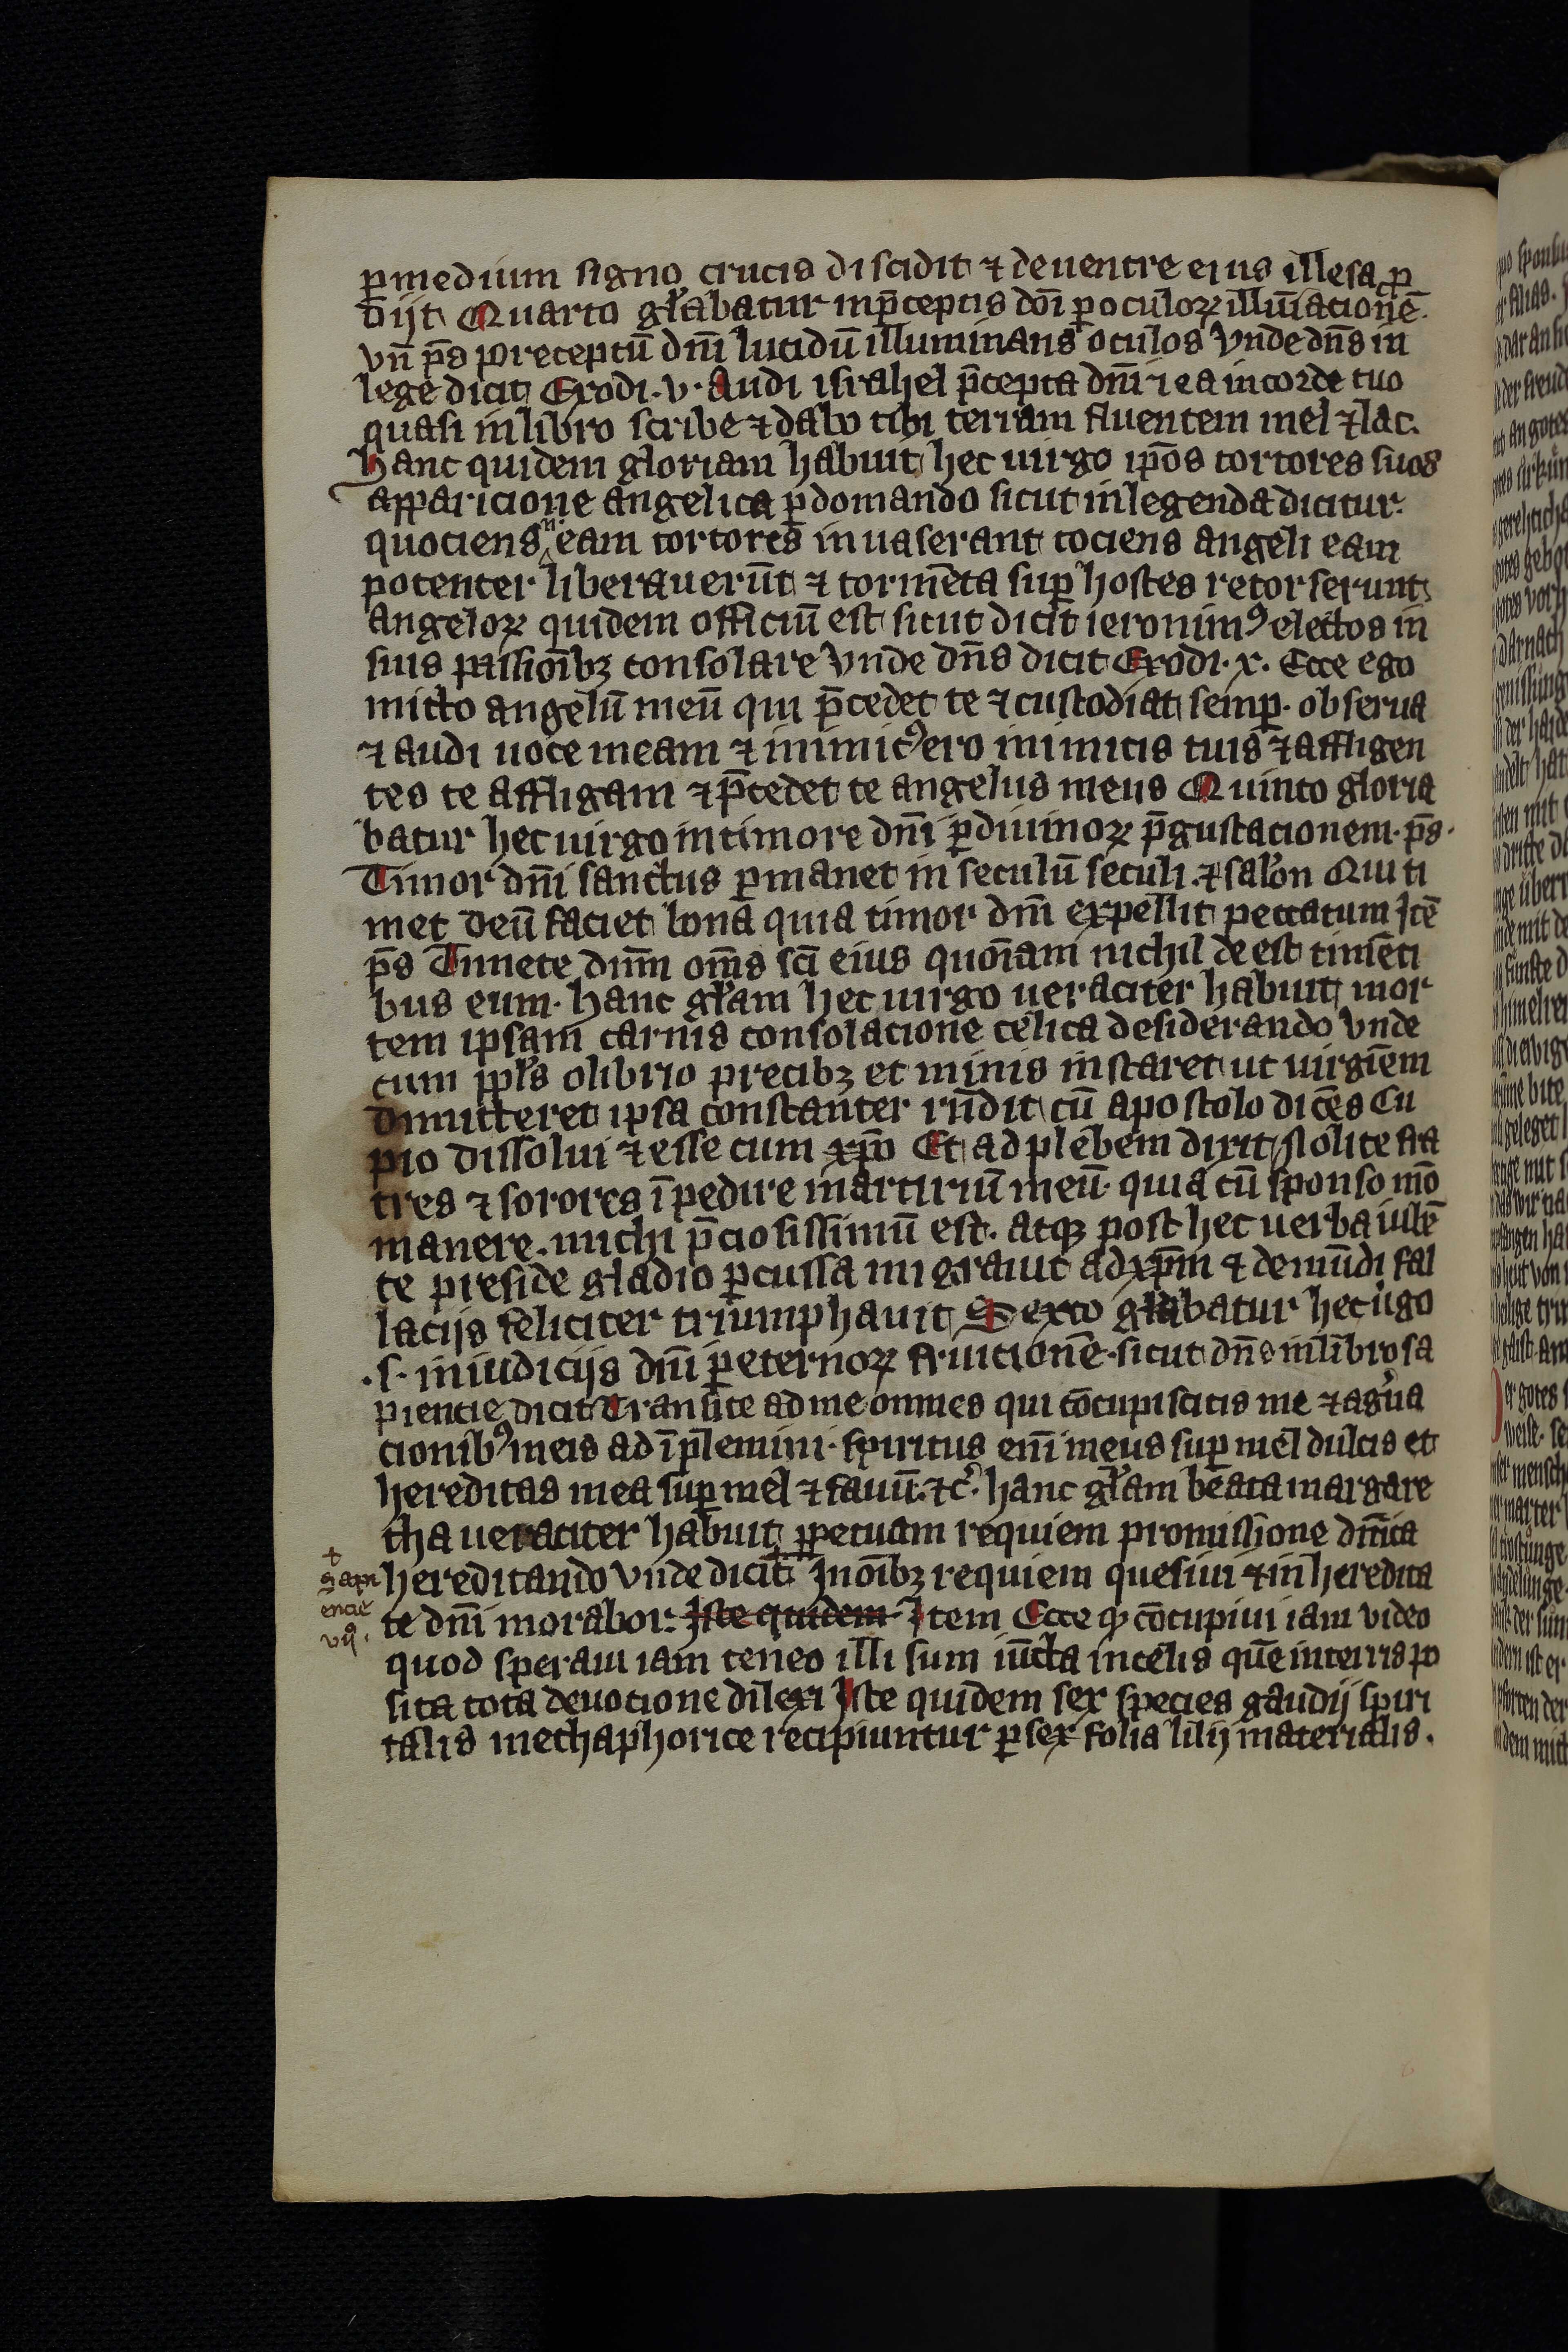
Shelfmark: Leipzig, Universitäts Bibliothek Leipzig, Ms 758
Century: 14